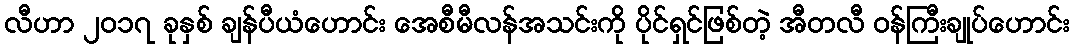
လီဟာ ၂၀၁၇ ခုနှစ် ချန်ပီယံဟောင်း အေစီမီလန်အသင်းကို ပိုင်ရှင်ဖြစ်တဲ့ အီတလီ ဝန်ကြီးချုပ်ဟောင်း